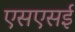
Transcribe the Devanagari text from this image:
एसएसई